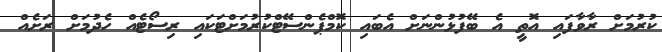
ކުރުމަށް ރާވާފައި އޮތީ އެ ބޭފުޅުންނަށް އެބައި ކޮމްޕެންސޭޓްކުރުމަށްޓަކައި ރިސޯޓެއް ހެދުމަށް ރަށެއް